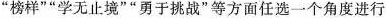
”榜样””学无止境””勇于挑战”等方面任选一个角度进行